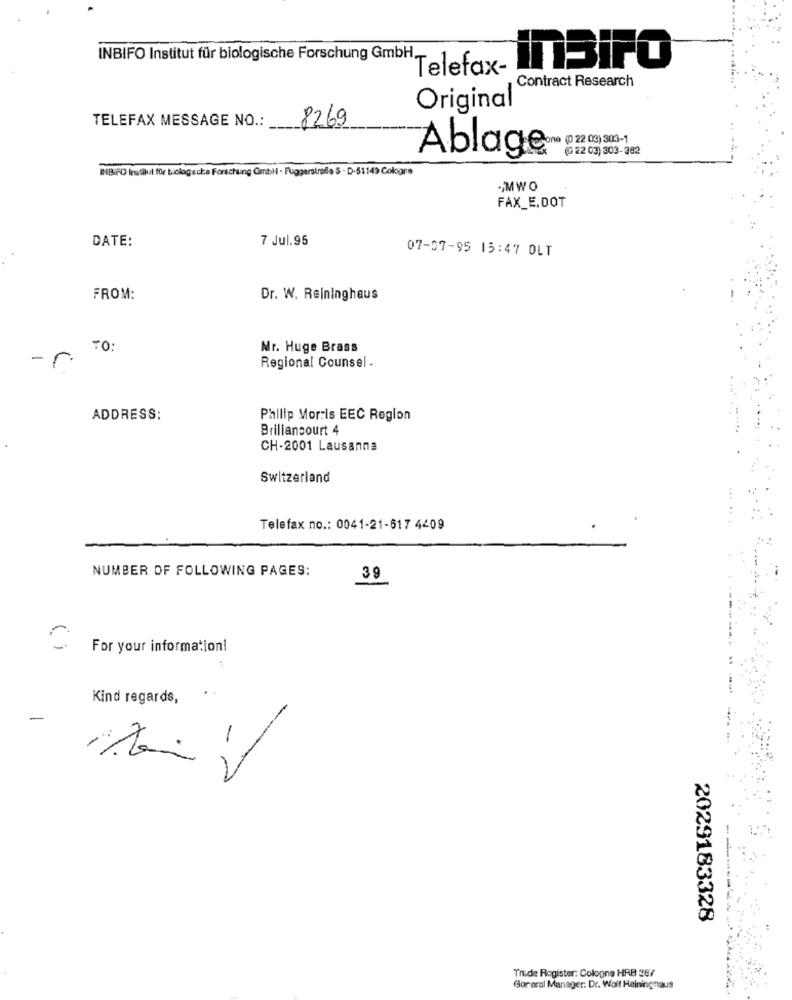
INBIFO Institut für biologische Forschung GmbH,
ITBiFO
Telefax-
Contract Research
Original
TELEFAX MESSAGE NO .:
8269
Ablage (2 0) 30)
(0 22 03) 303-382
INBIFO Instäkul für biologische Forschung GmbH · Fuggerstrefie 3 - D-51149 Cologne
-MWO
FAX_E.DOT
DATE:
7 Jul.95
07-07-95 15:47 OLT
FROM:
Dr. W. Reininghaus
TO:
Nr. Huge Brass
-r.
Regional Counsel .
ADDRESS:
Philip Morris EEC Region
Brillancourt 4
CH-2001 Lausanne
Switzerland
Telefax no .: 0041-21-617 4209
NUMBER OF FOLLOWING PAGES:
39
For your information!
Kind regards,
-
2029183328
Trude Register: Cologne HRB 367
Gor oral Manager: Dr. Wolf Hainingnaus